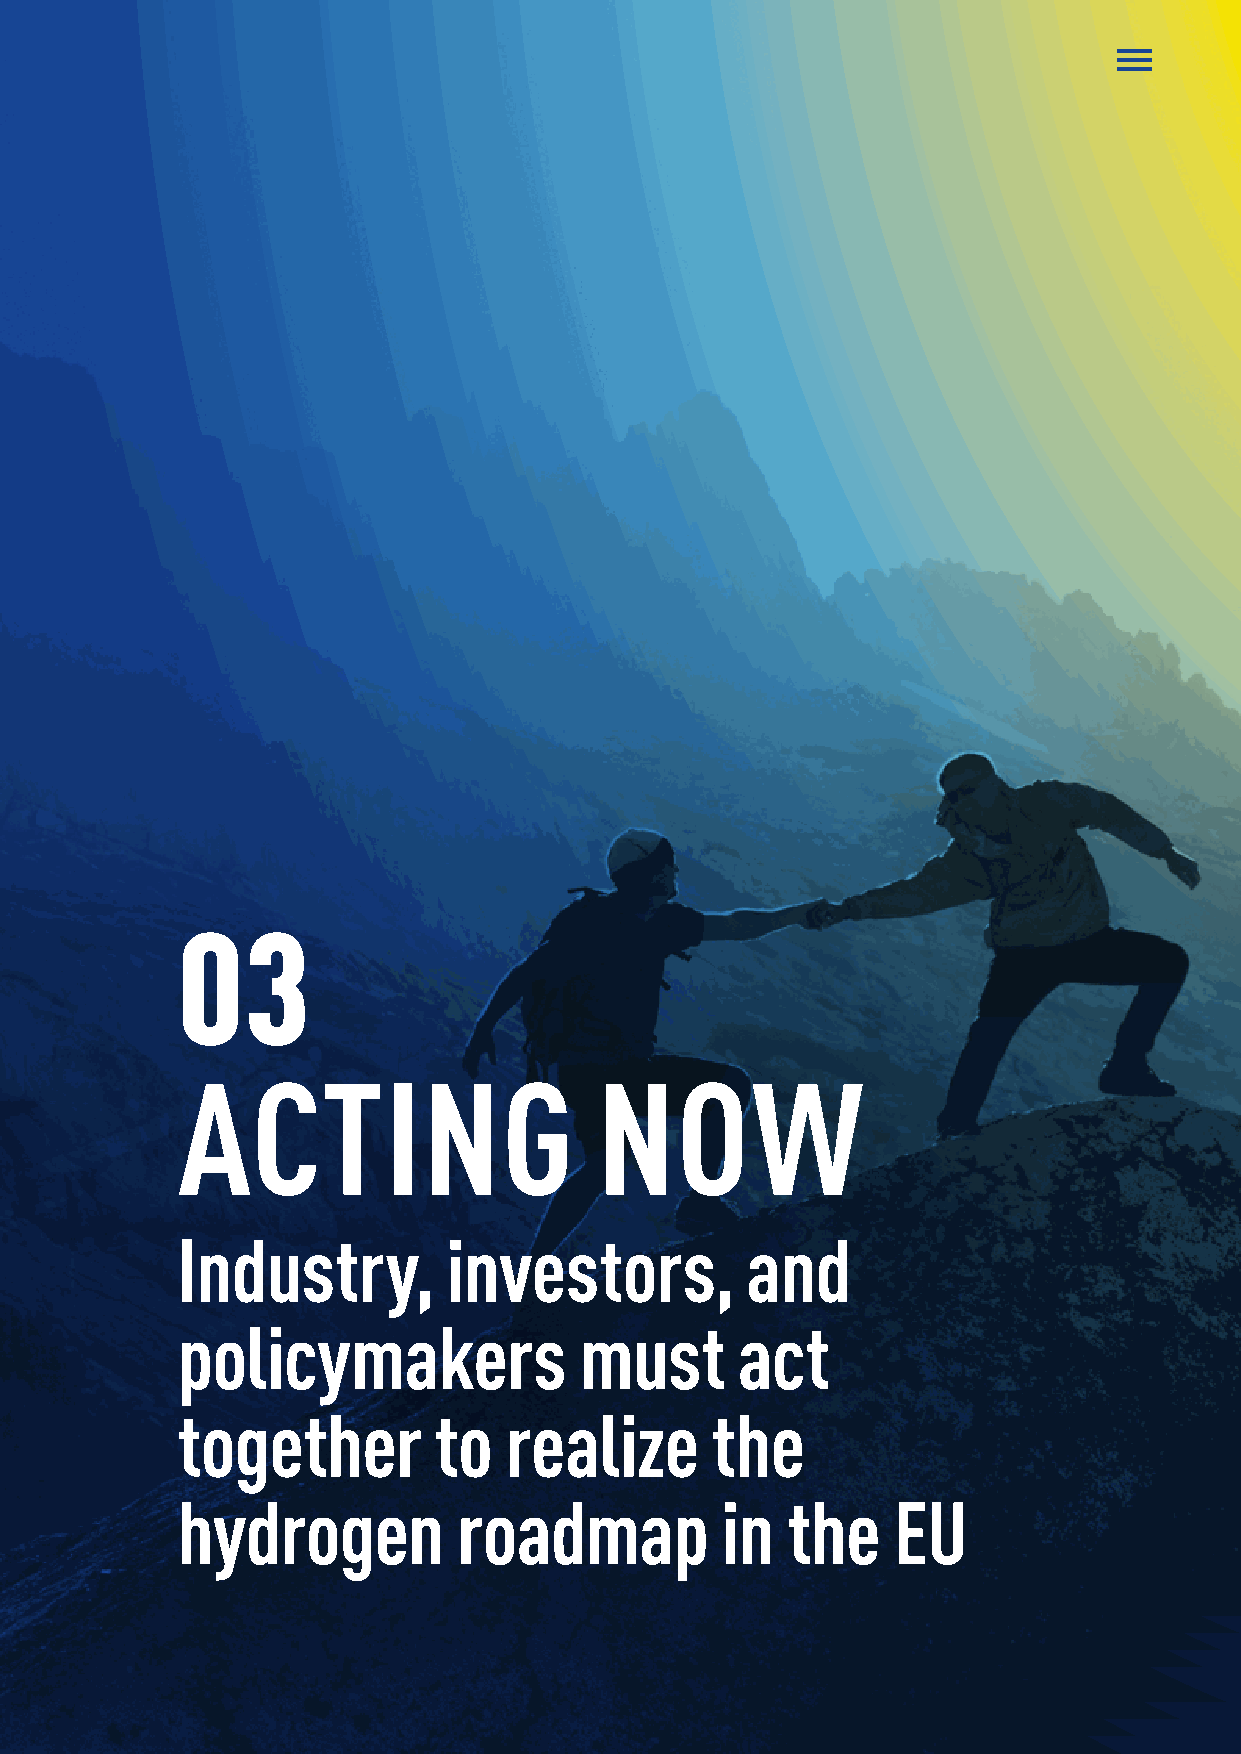
03
 ACTING                      NOW
 Industry,         investors,         and
 policymakers              must       act
 together         to  realize       the
 hydrogen          roadmap           in  the    EU
 59